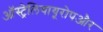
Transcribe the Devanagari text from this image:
ऑस्ट्रेलियायूरोपऔर